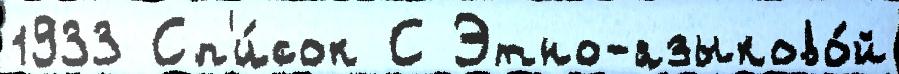
1933 Сп'и́сок С Этно-языково́й